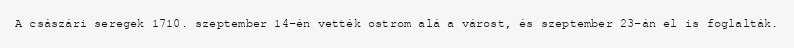
A császári seregek 1710. szeptember 14-én vették ostrom alá a várost, és szeptember 23-án el is foglalták.